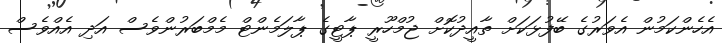
އެހެންކަމުން އެވަރުގެ ބޭފުޅަކަށް ތާއީދުކޮށް ޖުމްހޫރީ ޕާޓީގެ ޕާލަމެންޓް މެމްބަރުންވެސް އަދި އެއްވެސް